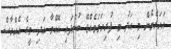
އަހަރެމެން މި އަދު މި ފުރިހަމަވެއްޖޭ ބުނެފައި އޮއްވާ އަދި މީގެ އެއްހާސް